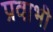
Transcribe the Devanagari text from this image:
प्रवाभी